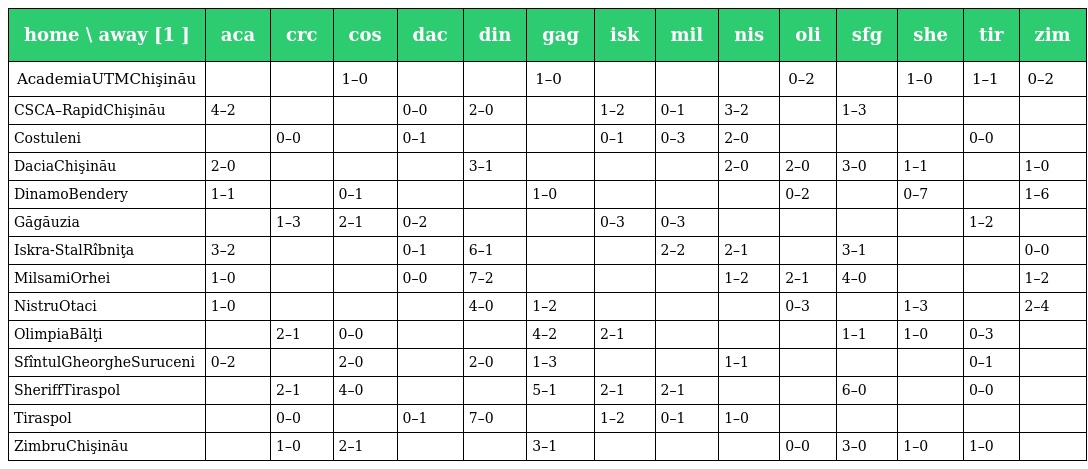
| home \ away [1 ] | aca | crc | cos | dac | din | gag | isk | mil | nis | oli | sfg | she | tir | zim |
 | --- | --- | --- | --- | --- | --- | --- | --- | --- | --- | --- | --- | --- | --- | --- |
 | AcademiaUTMChişinău |  |  | 1–0 |  |  | 1–0 |  |  |  | 0–2 |  | 1–0 | 1–1 | 0–2 |
 | CSCA–RapidChişinău | 4–2 |  |  | 0–0 | 2–0 |  | 1–2 | 0–1 | 3–2 |  | 1–3 |  |  |  |
 | Costuleni |  | 0–0 |  | 0–1 |  |  | 0–1 | 0–3 | 2–0 |  |  |  | 0–0 |  |
 | DaciaChişinău | 2–0 |  |  |  | 3–1 |  |  |  | 2–0 | 2–0 | 3–0 | 1–1 |  | 1–0 |
 | DinamoBendery | 1–1 |  | 0–1 |  |  | 1–0 |  |  |  | 0–2 |  | 0–7 |  | 1–6 |
 | Găgăuzia |  | 1–3 | 2–1 | 0–2 |  |  | 0–3 | 0–3 |  |  |  |  | 1–2 |  |
 | Iskra-StalRîbniţa | 3–2 |  |  | 0–1 | 6–1 |  |  | 2–2 | 2–1 |  | 3–1 |  |  | 0–0 |
 | MilsamiOrhei | 1–0 |  |  | 0–0 | 7–2 |  |  |  | 1–2 | 2–1 | 4–0 |  |  | 1–2 |
 | NistruOtaci | 1–0 |  |  |  | 4–0 | 1–2 |  |  |  | 0–3 |  | 1–3 |  | 2–4 |
 | OlimpiaBălţi |  | 2–1 | 0–0 |  |  | 4–2 | 2–1 |  |  |  | 1–1 | 1–0 | 0–3 |  |
 | SfîntulGheorgheSuruceni | 0–2 |  | 2–0 |  | 2–0 | 1–3 |  |  | 1–1 |  |  |  | 0–1 |  |
 | SheriffTiraspol |  | 2–1 | 4–0 |  |  | 5–1 | 2–1 | 2–1 |  |  | 6–0 |  | 0–0 |  |
 | Tiraspol |  | 0–0 |  | 0–1 | 7–0 |  | 1–2 | 0–1 | 1–0 |  |  |  |  |  |
 | ZimbruChişinău |  | 1–0 | 2–1 |  |  | 3–1 |  |  |  | 0–0 | 3–0 | 1–0 | 1–0 |  |